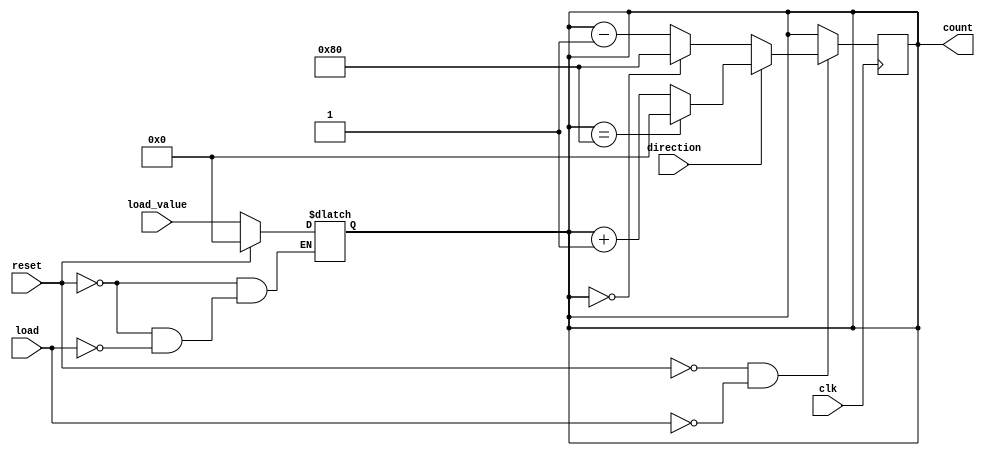
module async_load_counter #(
    parameter WIDTH = 8 // Width of the counter
) (
    input wire clk,                // Clock signal
    input wire load,               // Active-high load signal
    input wire reset,              // Active-high reset signal
    input wire direction,          // Control signal for counting direction
    input wire [WIDTH-1:0] load_value, // Value to load into the counter
    output reg [WIDTH-1:0] count     // Current count value
);

    // Asynchronous reset and load handling
    always @(*) begin
        if (reset) begin
            count = 0; // Reset the counter
        end else if (load) begin
            count = load_value; // Load the new value
        end
    end

    // Synchronous counting on the rising edge of clock
    always @(posedge clk) begin
        if (!reset && !load) begin
            if (direction) begin
                // Increment the count, handle overflow
                count <= (count == {1'b1, {WIDTH-1{1'b0}}}) ? 0 : count + 1;
            end else begin
                // Decrement the count, handle underflow
                count <= (count == 0) ? {1'b1, {WIDTH-1{1'b0}}} : count - 1;
            end
        end
    end

endmodule